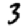
Digit: 3